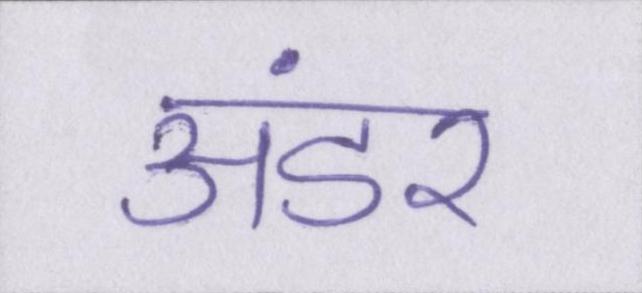
अंडर